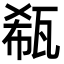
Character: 瓻